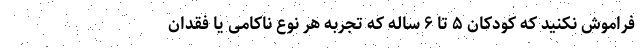
فراموش نکنید که کودکان ۵ تا ۶ ساله که تجربه هر نوع ناکامی یا فقدان